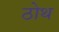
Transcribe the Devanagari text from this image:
ठोथ